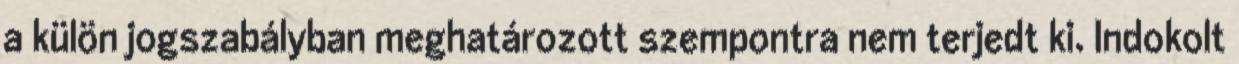
a külön jogszabályban meghatározott szempontra nem terjedt ki. Indokolt